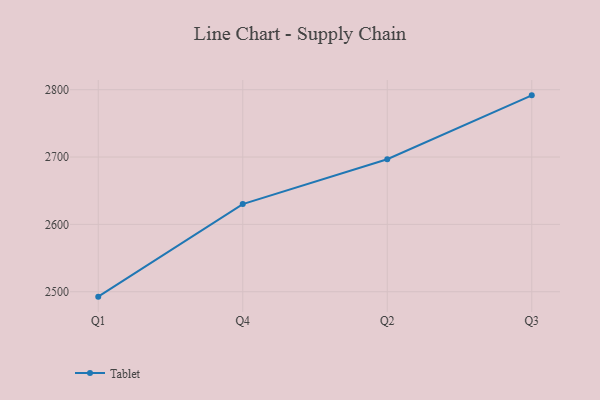
{"axis": {"x": "Quarter", "y": "Churn Rate (%)"}, "legend": ["Tablet"], "data": [{"x": "Q1", "y": 2492.7, "type": "Tablet"}, {"x": "Q4", "y": 2630.2, "type": "Tablet"}, {"x": "Q2", "y": 2696.8, "type": "Tablet"}, {"x": "Q3", "y": 2791.6, "type": "Tablet"}]}